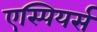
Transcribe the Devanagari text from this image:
एस्पियर्स